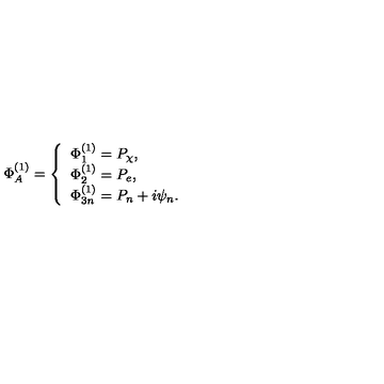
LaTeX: \Phi _ { A } ^ { ( 1 ) } = \left\{ \begin{array} { l } { \Phi _ { 1 } ^ { ( 1 ) } = P _ { \chi } , } \\ { \Phi _ { 2 } ^ { ( 1 ) } = P _ { e } , } \\ { \Phi _ { 3 n } ^ { ( 1 ) } = P _ { n } + i \psi _ { n } . } \\ \end{array} \right.